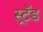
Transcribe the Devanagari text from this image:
स्ट्रँड